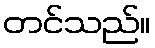
တင်သည်။